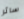
سائر